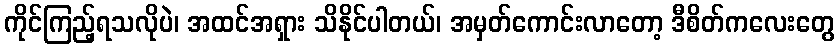
ကိုင်ကြည့်ရသလိုပဲ၊ အထင်အရှား သိနိုင်ပါတယ်၊ အမှတ်ကောင်းလာတော့ ဒီစိတ်ကလေးတွေ